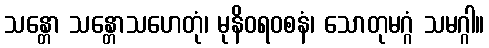
သန္တော သန္တောသဟေတုံ၊ မုနိဝရ၀စနံ၊ သောတုမဂ္ဂံ သမဂ္ဂါ။